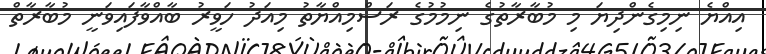
އިއްޔެ ނިމިގެންދިޔަ މި މުބާރާތުގެ ނިމުމުގެ ރަސްމިއްޔާތު މިއަދު ހަވީރު ބާއްވާފައިވަނީ މުބާރާތް